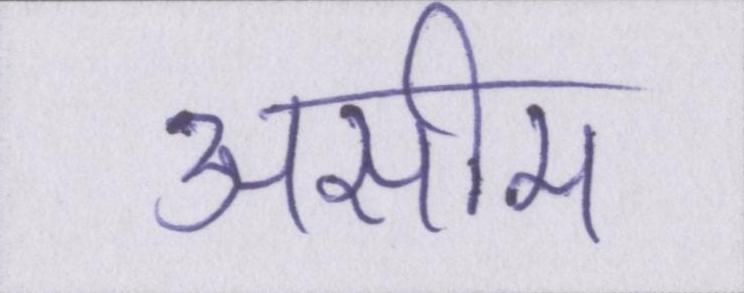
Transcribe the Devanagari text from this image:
असीम